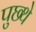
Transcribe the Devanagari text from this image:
पुछ्थे